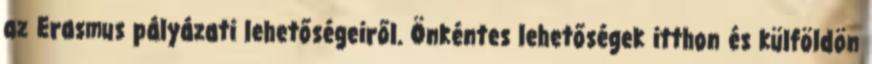
az Erasmus pályázati lehetőségeiről. Önkéntes lehetőségek itthon és külföldön